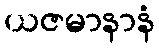
ယဇမာနာနံ